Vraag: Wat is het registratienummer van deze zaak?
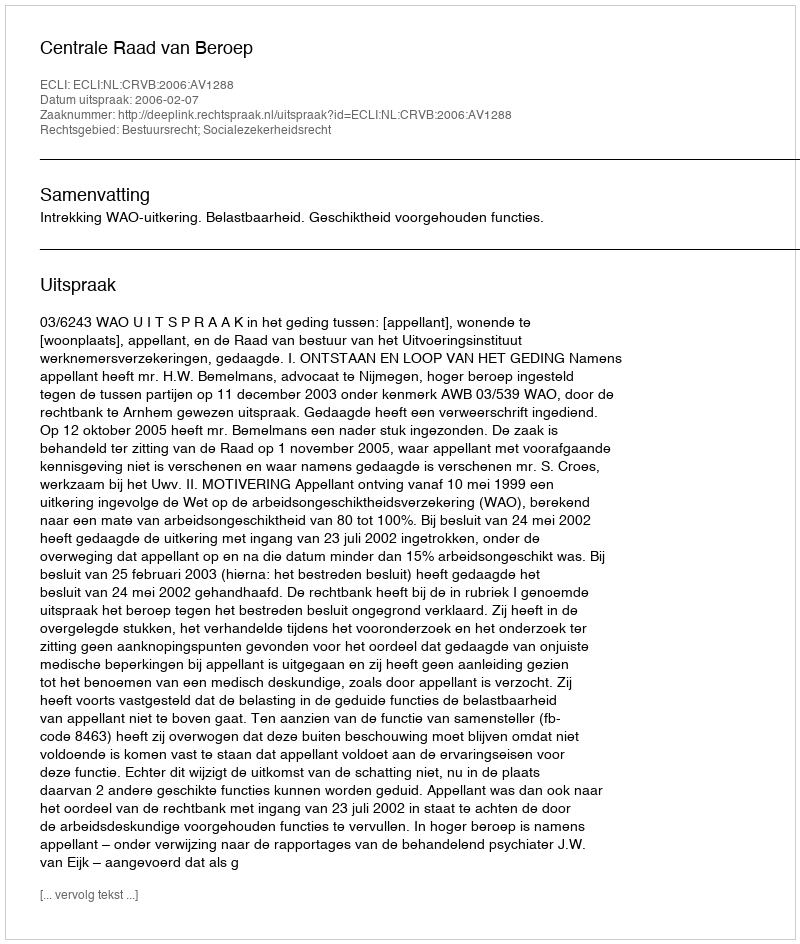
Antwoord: http://deeplink.rechtspraak.nl/uitspraak?id=ECLI:NL:CRVB:2006:AV1288